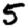
Digit: 5